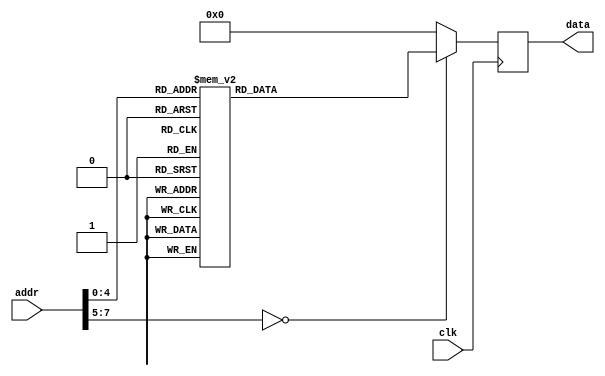
/* verilator lint_off UNUSED */
/* verilator lint_off UNDRIVEN */
/* verilator lint_off UNOPTFLAT */
module rom #(
        parameter   DATA_WIDTH = 16,
        parameter   ADDR_WIDTH = 8          // 2 * 1024 bytes of ROM
    )(
        input  wire                  clk,
        input  wire [ADDR_WIDTH-1:0] addr,  // here comes the program counter
        output  reg [DATA_WIDTH-1:0] data   // here goes the instruction
    );

    reg [DATA_WIDTH-1:0] value;

    always @* begin
        case (addr)
        /*   rjmp   main        */
        0:      value = 16'b1100000000010010;
        /*   reti           */
        1:      value = 16'b1001010100011000;
        /*   reti           */
        2:      value = 16'b1001010100011000;
        /*   reti           */
        3:      value = 16'b1001010100011000;
        /*   reti           */
        4:      value = 16'b1001010100011000;
        /*   reti           */
        5:      value = 16'b1001010100011000;
        /*   reti           */
        6:      value = 16'b1001010100011000;
        /*   reti           */
        7:      value = 16'b1001010100011000;
        /*   reti           */
        8:      value = 16'b1001010100011000;
        /*   reti           */
        9:      value = 16'b1001010100011000;
        /*   reti           */
        10:     value = 16'b1001010100011000;
        /*   rjmp   tim0_ovf_isr        */
        11:     value = 16'b1100000000000101;
        /*   reti           */
        12:     value = 16'b1001010100011000;
        /*   reti           */
        13:     value = 16'b1001010100011000;
        /*   reti           */
        14:     value = 16'b1001010100011000;
        /*   reti           */
        15:     value = 16'b1001010100011000;
        /*   reti           */
        16:     value = 16'b1001010100011000;
        /*   ldi    r31, 0x2a       */
        17:     value = 16'b1110001011111010;
        /*   reti           */
        18:     value = 16'b1001010100011000;
        /*   ldi    r16, 0b00000000         */
        20:     value = 16'b1011101100001001;
        /*   ldi    r16, 0b00000001         */
        21:     value = 16'b1110000000000001;
        /*   out    tccr0b, r16         */
        22:     value = 16'b1011101100001000;
        /*   ldi    r16, 0b00000001         */
        23:     value = 16'b1110000000000001;
        /*   out    timsk, r16      */
        24:     value = 16'b1011110100000110;
        /*   sei            */
        25:     value = 16'b1001010001111000;
        /*   rjmp   loop        */
        26:     value = 16'b1100111111111111;
        default:        value = 16'b0000000000000000;
        endcase
    end

    always @(negedge clk) begin
        data <= value;
    end

endmodule